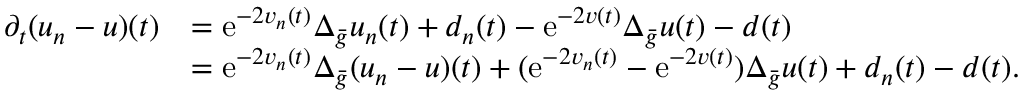
\begin{array} { r l } { \partial _ { t } ( u _ { n } - u ) ( t ) } & { = \mathrm { e } ^ { - 2 v _ { n } ( t ) } \Delta _ { \bar { g } } u _ { n } ( t ) + d _ { n } ( t ) - \mathrm { e } ^ { - 2 v ( t ) } \Delta _ { \bar { g } } u ( t ) - d ( t ) } \\ & { = \mathrm { e } ^ { - 2 v _ { n } ( t ) } \Delta _ { \bar { g } } ( u _ { n } - u ) ( t ) + ( \mathrm { e } ^ { - 2 v _ { n } ( t ) } - \mathrm { e } ^ { - 2 v ( t ) } ) \Delta _ { \bar { g } } u ( t ) + d _ { n } ( t ) - d ( t ) . } \end{array}